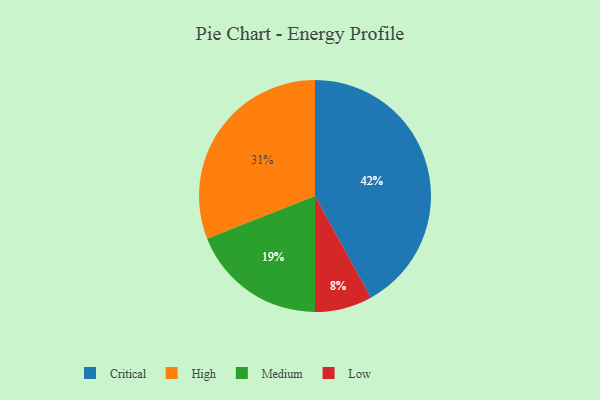
{"axis": {"x": "Category", "y": "Percentage"}, "legend": ["Critical", "High", "Low", "Medium"], "data": [{"x": "Medium", "y": 19, "type": "Medium"}, {"x": "Low", "y": 8, "type": "Low"}, {"x": "High", "y": 31, "type": "High"}, {"x": "Critical", "y": 42, "type": "Critical"}]}